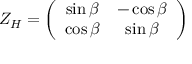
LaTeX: { \cal Z } _ { H } = \left( \begin{array} { c c } { { \sin \beta } } & { { - \cos \beta } } \\ { { \cos \beta } } & { { \sin \beta } } \end{array} \right)